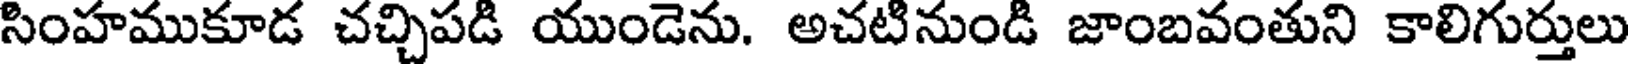
సింహముకూడ చచ్చిపడి యుండెను. అచటినుండి జాంబవంతుని కాలిగుర్తులు